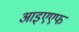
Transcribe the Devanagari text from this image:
आइएएफ